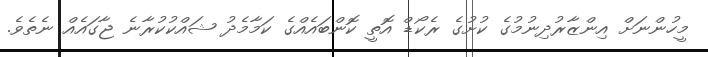
މީހުންނަށް އިންޒާރުދިނުމުގެ ކުށުގެ ރެކޯޑް އޮތީ ކޮންބައެއްގެ ކަމާމެދު ޝައްކުކުރާނެ ޖާގައެއް ނެތެވެ.